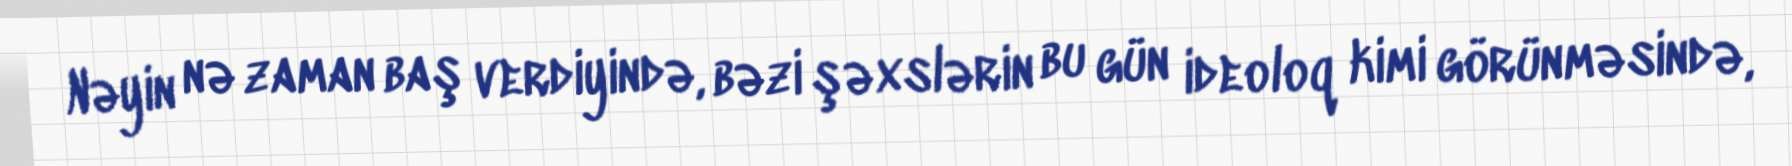
Nəyin nə zaman baş verdiyində, bəzi şəxslərin bu gün ideoloq kimi görünməsində,